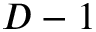
D - 1